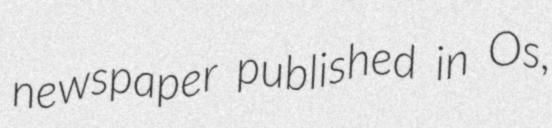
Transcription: newspaper published in Os,